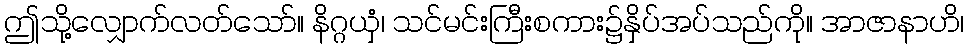
ဤသို့လျှောက်လတ်သော်။ နိဂ္ဂယှံ၊ သင်မင်းကြီးစကား၌နှိပ်အပ်သည်ကို။ အာဇာနာဟိ၊